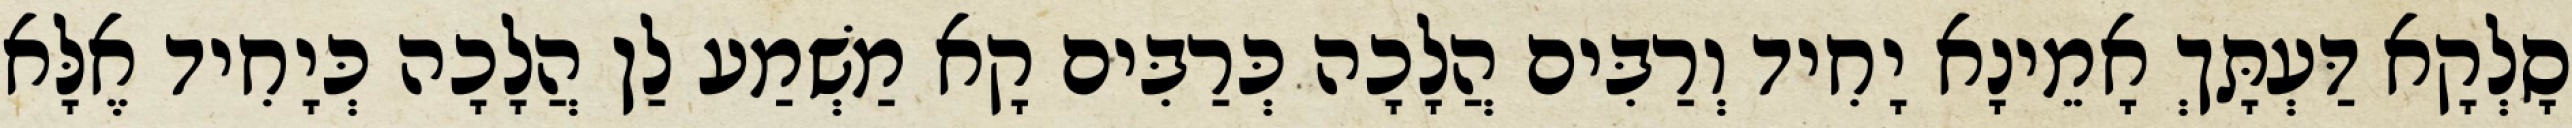
סָלְקָא דַּעְתָּךְ אָמֵינָא יָחִיד וְרַבִּים הֲלָכָה כְּרַבִּים קָא מַשְׁמַע לַן הֲלָכָה כְּיָחִיד אֶלָּא